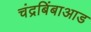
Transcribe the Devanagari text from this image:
चंद्रबिंबाआड